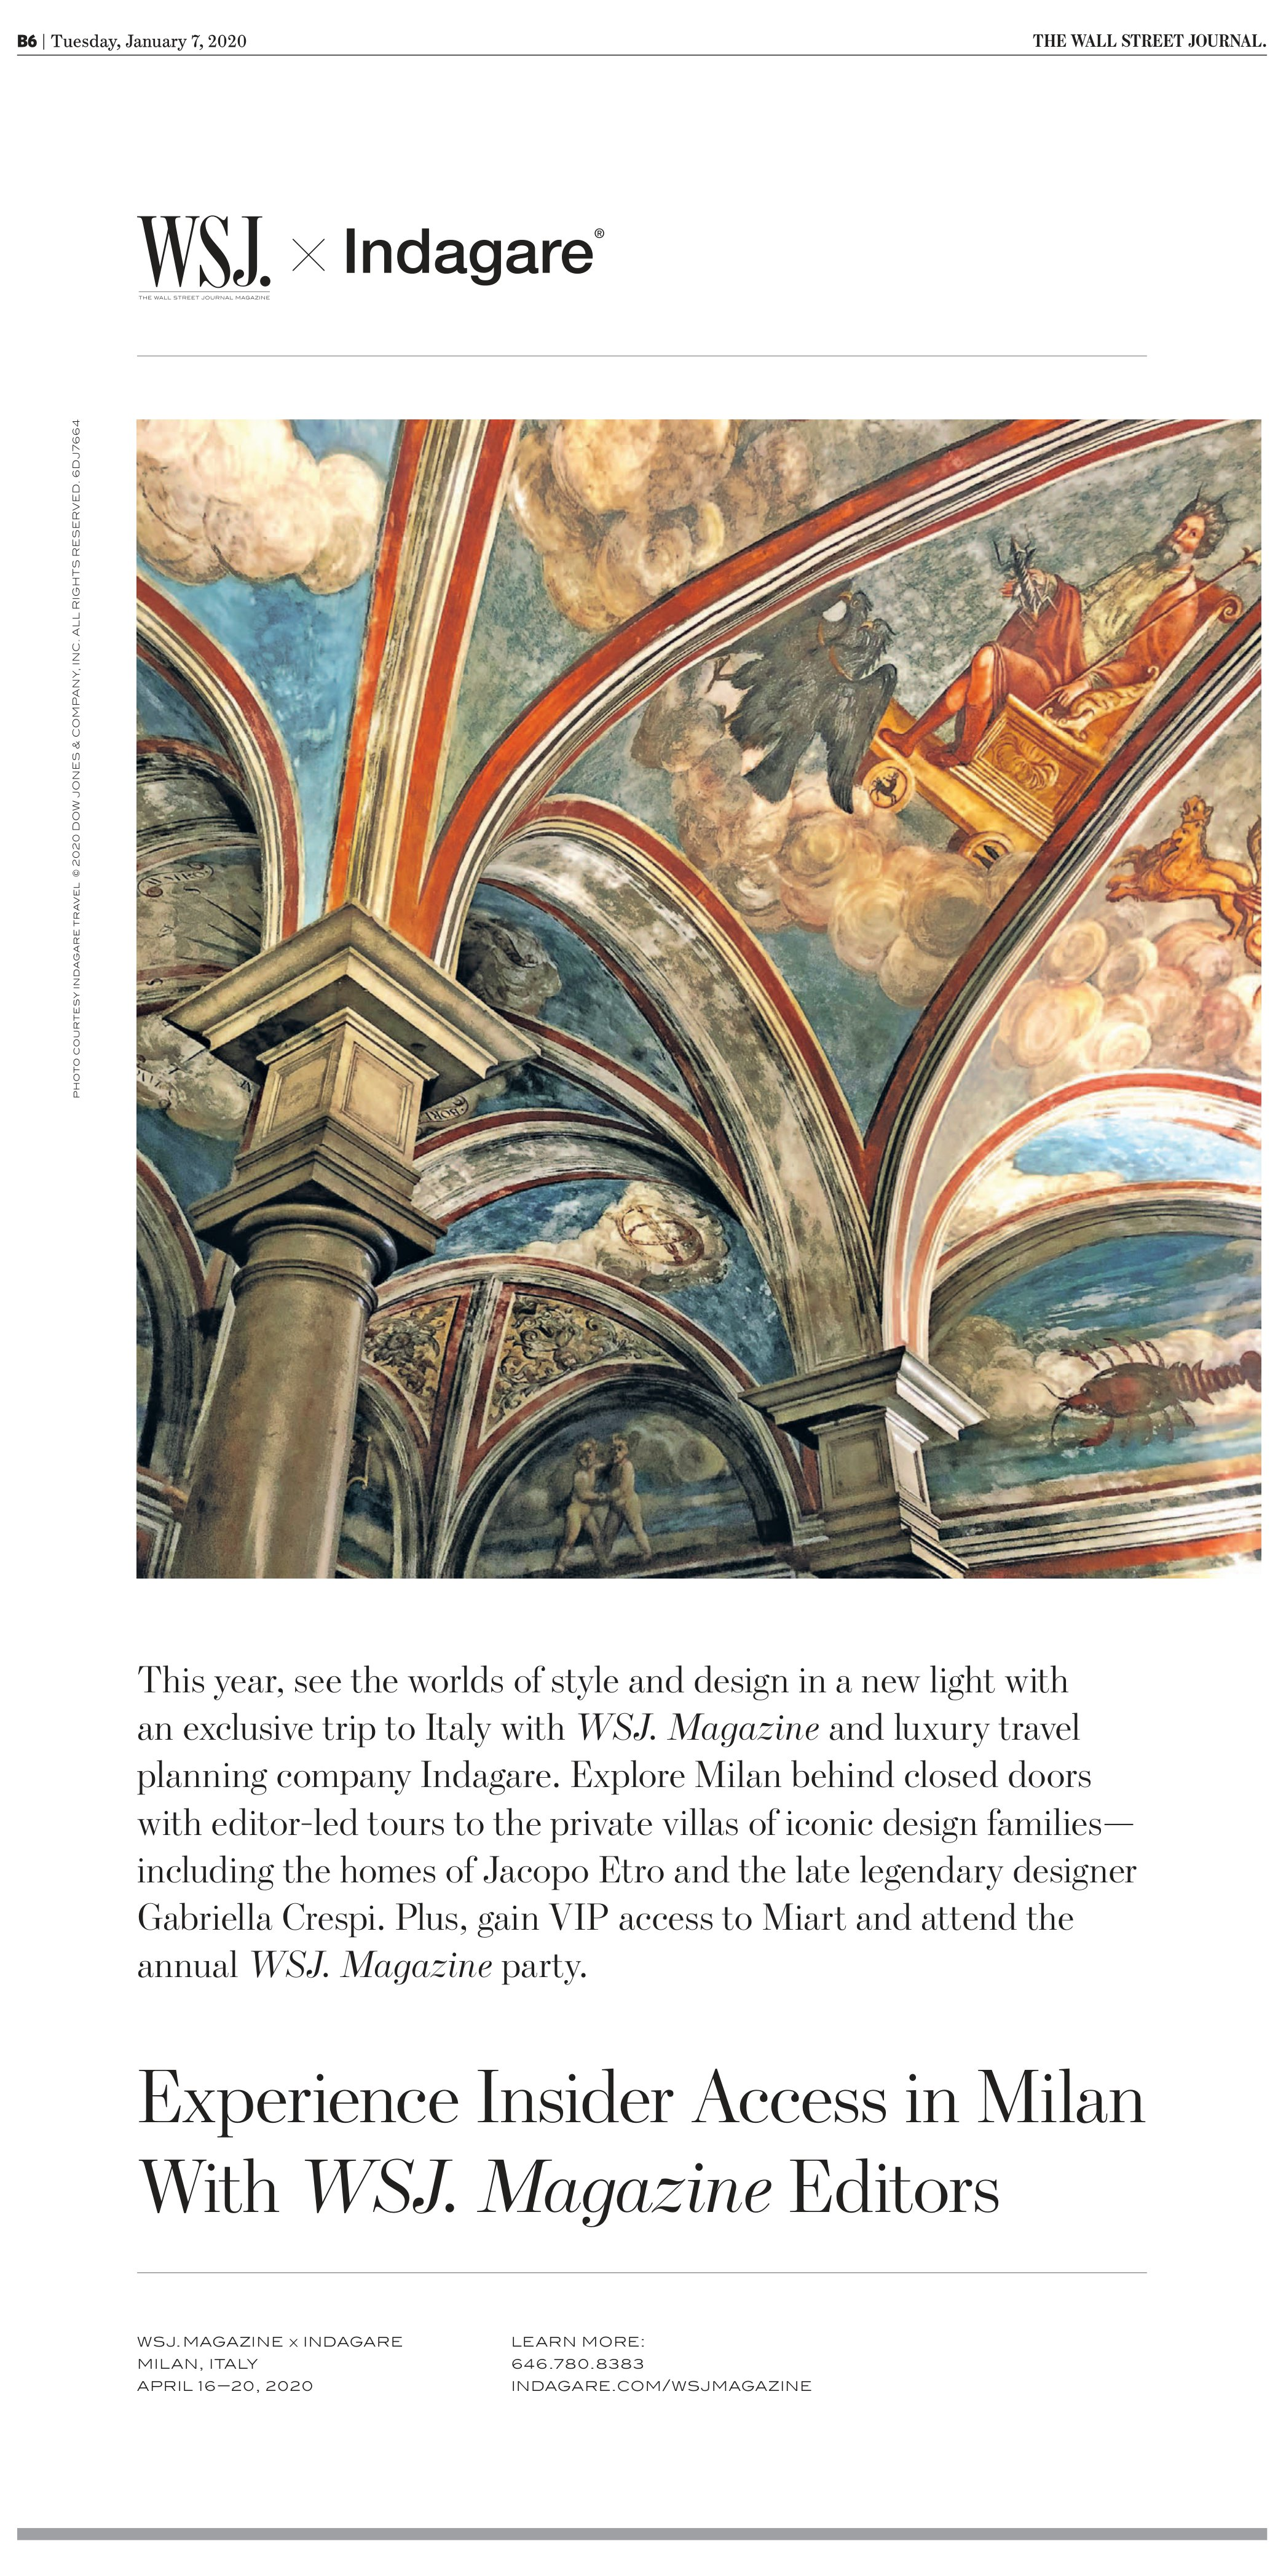
Language: en